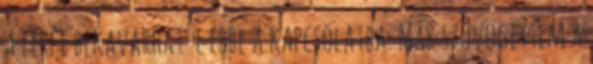
a férfi bekavarhat-e ebbe a kapcsolatba. Már szövögettem a